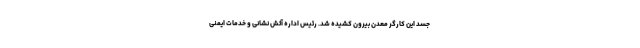
جسد این کارگر معدن بیرون کشیده شد. رئیس اداره آتش نشانی و خدمات ایمنی